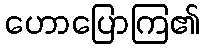
ဟောပြောကြ၏